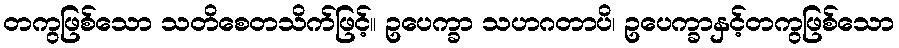
တကွဖြစ်သော သတိစေတသိက်ဖြင့်။ ဥပေက္ခာ သဟဂတာပိ၊ ဥပေက္ခာနှင့်တကွဖြစ်သော